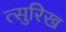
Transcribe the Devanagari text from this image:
त्सुरिख